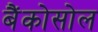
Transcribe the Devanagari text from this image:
बैंकोसोल